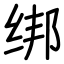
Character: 绑